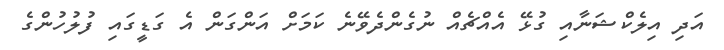
އަދި އިލެކްޝަނާއި ގުޅޭ އެއްޗެއް ނުގެންދެވޭނެ ކަމަށް އަންގަން އެ ގަޑީގައި ފުލުހުންގެ